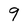
Character: 9